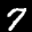
Label: 7